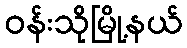
ဝန်းသိုမြို့နယ်